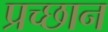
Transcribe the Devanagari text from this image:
प्रच्छान